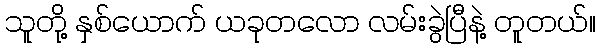
သူတို့ နှစ်ယောက် ယခုတလော လမ်းခွဲပြီနဲ့ တူတယ်။